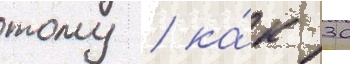
тому / ка́к 30